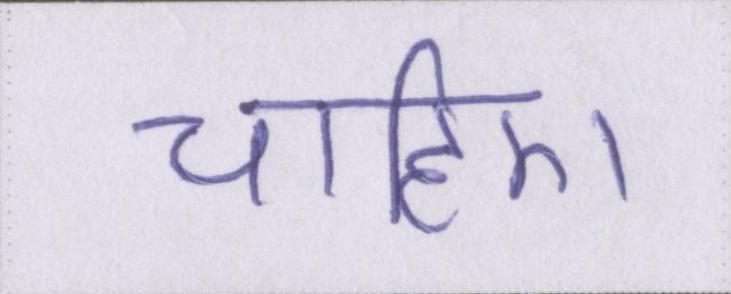
चाहिए